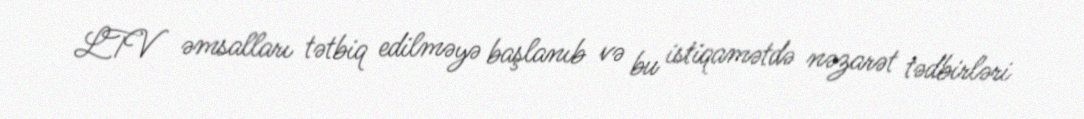
LTV əmsalları tətbiq edilməyə başlanıb və bu istiqamətdə nəzarət tədbirləri